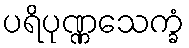
ပရိပုဏ္ဏသေက္ခံ